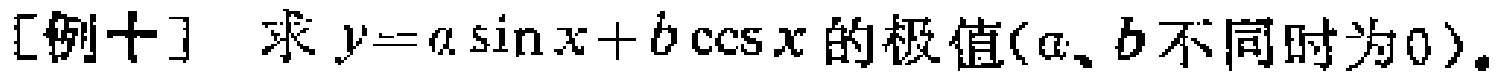
[例十] 求 \(y = a\sin x + b\cos x\) 的极值(\(a\)、\(b\)不同时为\(0\))。